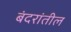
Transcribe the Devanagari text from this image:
बंदरांतील